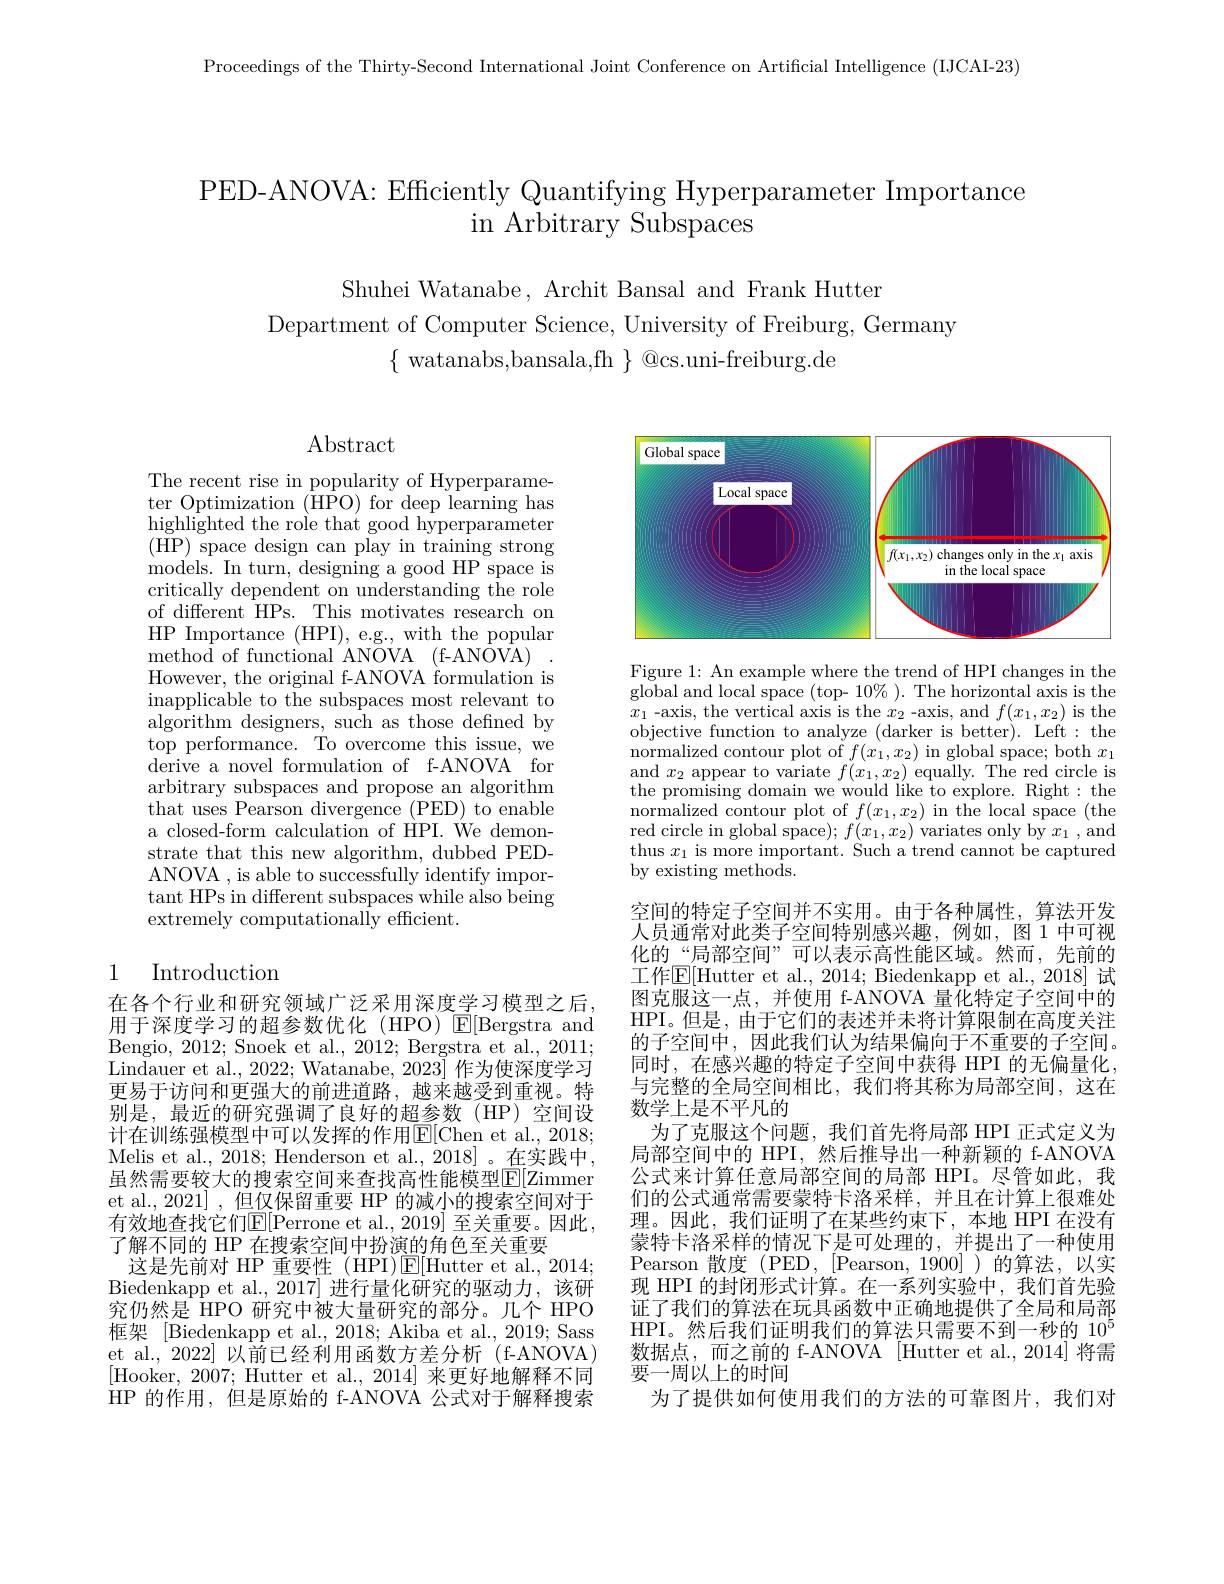
Proceedings of the Thirty-Second International Joint Conference on Artificial Intelligence (IJCAI-23)

# PED-ANOVA: Efficiently Quantifying Hyperparameter Importance in Arbitrary Subspaces

Shuhei Watanabe, Archit Bansal and Frank Hutter
Department of Computer Science, University of Freiburg, Germany
$\{$watanabs,bansala,fh$\}$@cs.uni-freiburg.de

$\operatorname{Abstract}$

The recent rise in popularity of Hyperparameter Optimization (HPO) for deep learning has $\tilde{\text{highlighted the role that good hyperparameter}}$ (HP) space design can play in training strong models. In turn, designing a good HP space is critically dependent on understanding the role of different HPs. This motivates research on HP Importance (HPI),e.g.,with the popular method of functional ANOVA (f-ANOVA) However, the original f-ANOVA formulation is inapplicable to the subspaces most relevant to algorithm designers, such as those defined by $\bar{\text{top performance. To overcome this issue, we}}$ derive a novel formulation of f-ANOVA for arbitrary subspaces and propose an algorithm that uses Pearson divergence (PED) to enable a closed-form calculation of HPI. Ve demonstrate that this new algorithm, dubbed PEDANOVA , is able to successfully identify important HPs in different subspaces while also being extremely computationally efficient.

## 1 Introduction

在各个行业和研究领域广泛采用深度学习模型之后用于深度学习的超参数优化 (HPO) E[Bergstra and Bengio, 2012; Snoek et al., 2012; Bergstra et al., 2011; Lindauer et al., 2022; Watanabe, 2023] 作为使深度学习更易于访问和更强大的前进道路，越来越受到重视。特别是，最近的研究强调了良好的超参数(HP)空间设计在训练强模型中可以发挥的作用$\mathbb{E}[$Chen et al., 2018; Melis et al., 2018; Henderson et al., 2018] 。在实践中， 虽然需要较大的搜索空间来查找高性能模型$\mathbb{E}[\mathbb{Z}$immer et al., 2021] , 但仅保留重要 HP 的减小的搜索空间对于有效地查找它们$\mathbb{E}[$Perrone et al., 2019] 至关重要。因此， 了解不同的 HP 在搜索空间中扮演的角色至关重要
这是先前对 HP 重要性 (HPI)E[Hutter et al., 2014; Biedenkapp et al.,2017] 进行量化研究的驱动力，该研究仍然是 HPO 研究中被大量研究的部分。几个 HPO 框架 [Biedenkapp et al., 2018; Akiba et al., 2019; Sass et al., 2022] 以前已经利用函数方差分析 (f-ANOVA) [Hooker, 2007; Hutter et al., 2014] 来更好地解释不同HP 的作用，但是原始的 f-ANOVA 公式对于解释搜索

<FigureHere>

Figure 1: An example where the trend of HPI changes in the $\bar{\text{global and local space (top- 10\% ). The horizontal axis is the}}$ $x_{1}$-axis, the vertical axis is the $x_2$ -axis, and $f(x_1,x_2)$ is the objective function to analyze (darker is better). Left: the normalized contour plot of $f(x_1,x_2)$ in global space; both $x_1$ and $x_2$ appear to variate $f(x_1,x_2)$ equally. The red circle is the promising domain we would like to explore. Right: the $\bar{\text{normalized contour plot of }f(x_{1},x_{2})\text{ in the local space }}($the red circle in global space); $f(x_1,x_2)$ variates only by $x_1$, and thus $x_1$ is more important. Such a trend cannot be captured by existing methods.

空间的特定子空间并不实用。由于各种属性，算法开发人员通常对此类子空间特别感兴趣，例如，图 1 中可视化的\_“局部空间”可以表示高性能区域。然而，先前的工作$\mathbb{E}[$Hutter et al., 2014; Biedenkapp et al., 2018] 试图克服这一点，并使用 f-ANOVA 量化特定子空间中的HPI。但是，由于它们的表述并未将计算限制在高度关注的子空间中，因此我们认为结果偏向于不重要的子空间。同时，在感兴趣的特定子空间中获得 HPI 的无偏量化， 与完整的全局空间相比，我们将其称为局部空间，这在数学上是不平凡的
为了克服这个问题，我们首先将局部 HPI 正式定义为局部空间中的 HPI,然后推导出一种新颖的 f-ANOVA 公式来计算任意局部空间的局部 HPI。尽管如此，我们的公式通常需要蒙特卡洛采样，并且在计算上很难处理。因此，我们证明了在某些约束下，本地 HPI 在没有蒙特卡洛采样的情况下是可处理的，并提出了一种使用Pearson 散度 (PED,[Pearson,1900])的算法，以实现 HPI 的封闭形式计算。在一系列实验中，我们首先验证了我们的算法在玩具函数中正确地提供了全局和局部HPI。然后我们证明我们的算法只需要不到一秒的 10$^{5}$ 数据点，而之前的 f-ANOVA [Hutter et al.,2014]将需要一周以上的时间
为了提供如何使用我们的方法的可靠图片，我们对